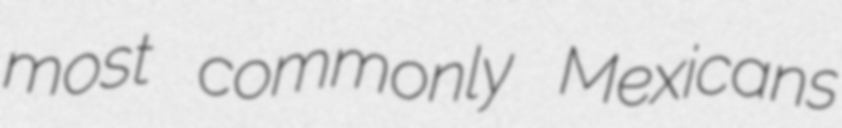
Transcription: most commonly Mexicans